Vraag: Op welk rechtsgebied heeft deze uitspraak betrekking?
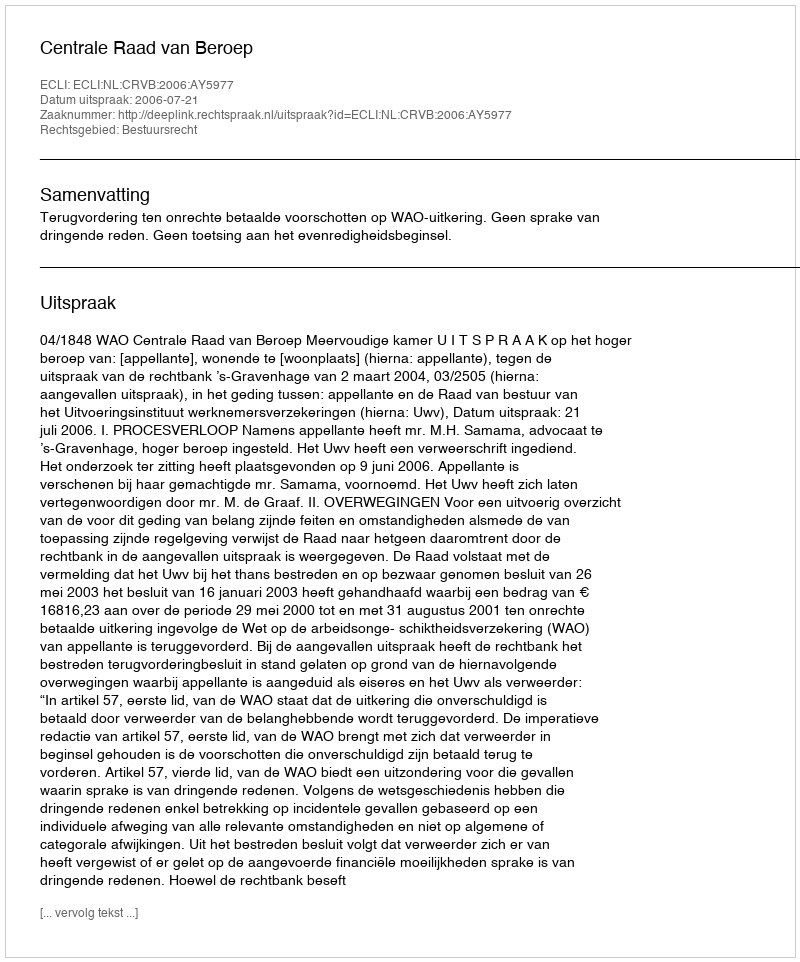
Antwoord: Bestuursrecht